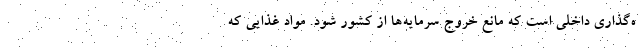
ه‌گذاری داخلی است که مانع خروج سرمایه‌ها از کشور شود. مواد غذایی که